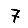
Digit: 7